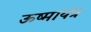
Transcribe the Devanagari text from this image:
ऊष्मायंत्र